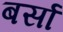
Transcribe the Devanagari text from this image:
बर्सा